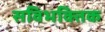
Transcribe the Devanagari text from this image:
सविभक्तिक